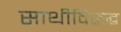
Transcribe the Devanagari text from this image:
साथीविरुद्ध